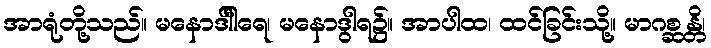
အာရုံတို့သည်။ မနောဒါါရေ၊ မနောဒွါရ၌။ အာပါထ၊ ထင်ခြင်းသို့။ မာဂစ္ဆန္တိ၊